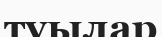
туылар